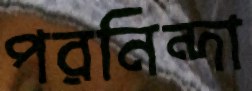
পরনিন্দা